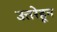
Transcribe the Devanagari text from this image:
उत्तरेहून